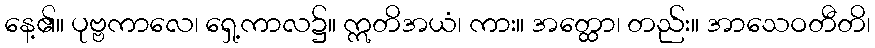
နေ့၏။ ပုဗ္ဗကာလေ၊ ရှေ့ကာလ၌။ ဣတိအယံ၊ ကား။ အတ္ထော၊ တည်း။ အာသေဝတီတိ၊